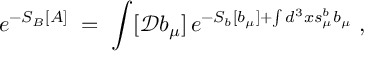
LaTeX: e ^ { - S _ { B } [ A ] } \; = \; \int [ { \mathcal D } b _ { \mu } ] \, e ^ { - S _ { b } [ b _ { \mu } ] + \int d ^ { 3 } x s _ { \mu } ^ { b } b _ { \mu } } \; ,